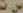
مت